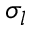
\sigma _ { l }